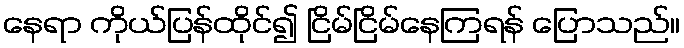
နေရာ ကိုယ်ပြန်ထိုင်၍ ငြိမ်ငြိမ်နေကြရန် ပြောသည်။